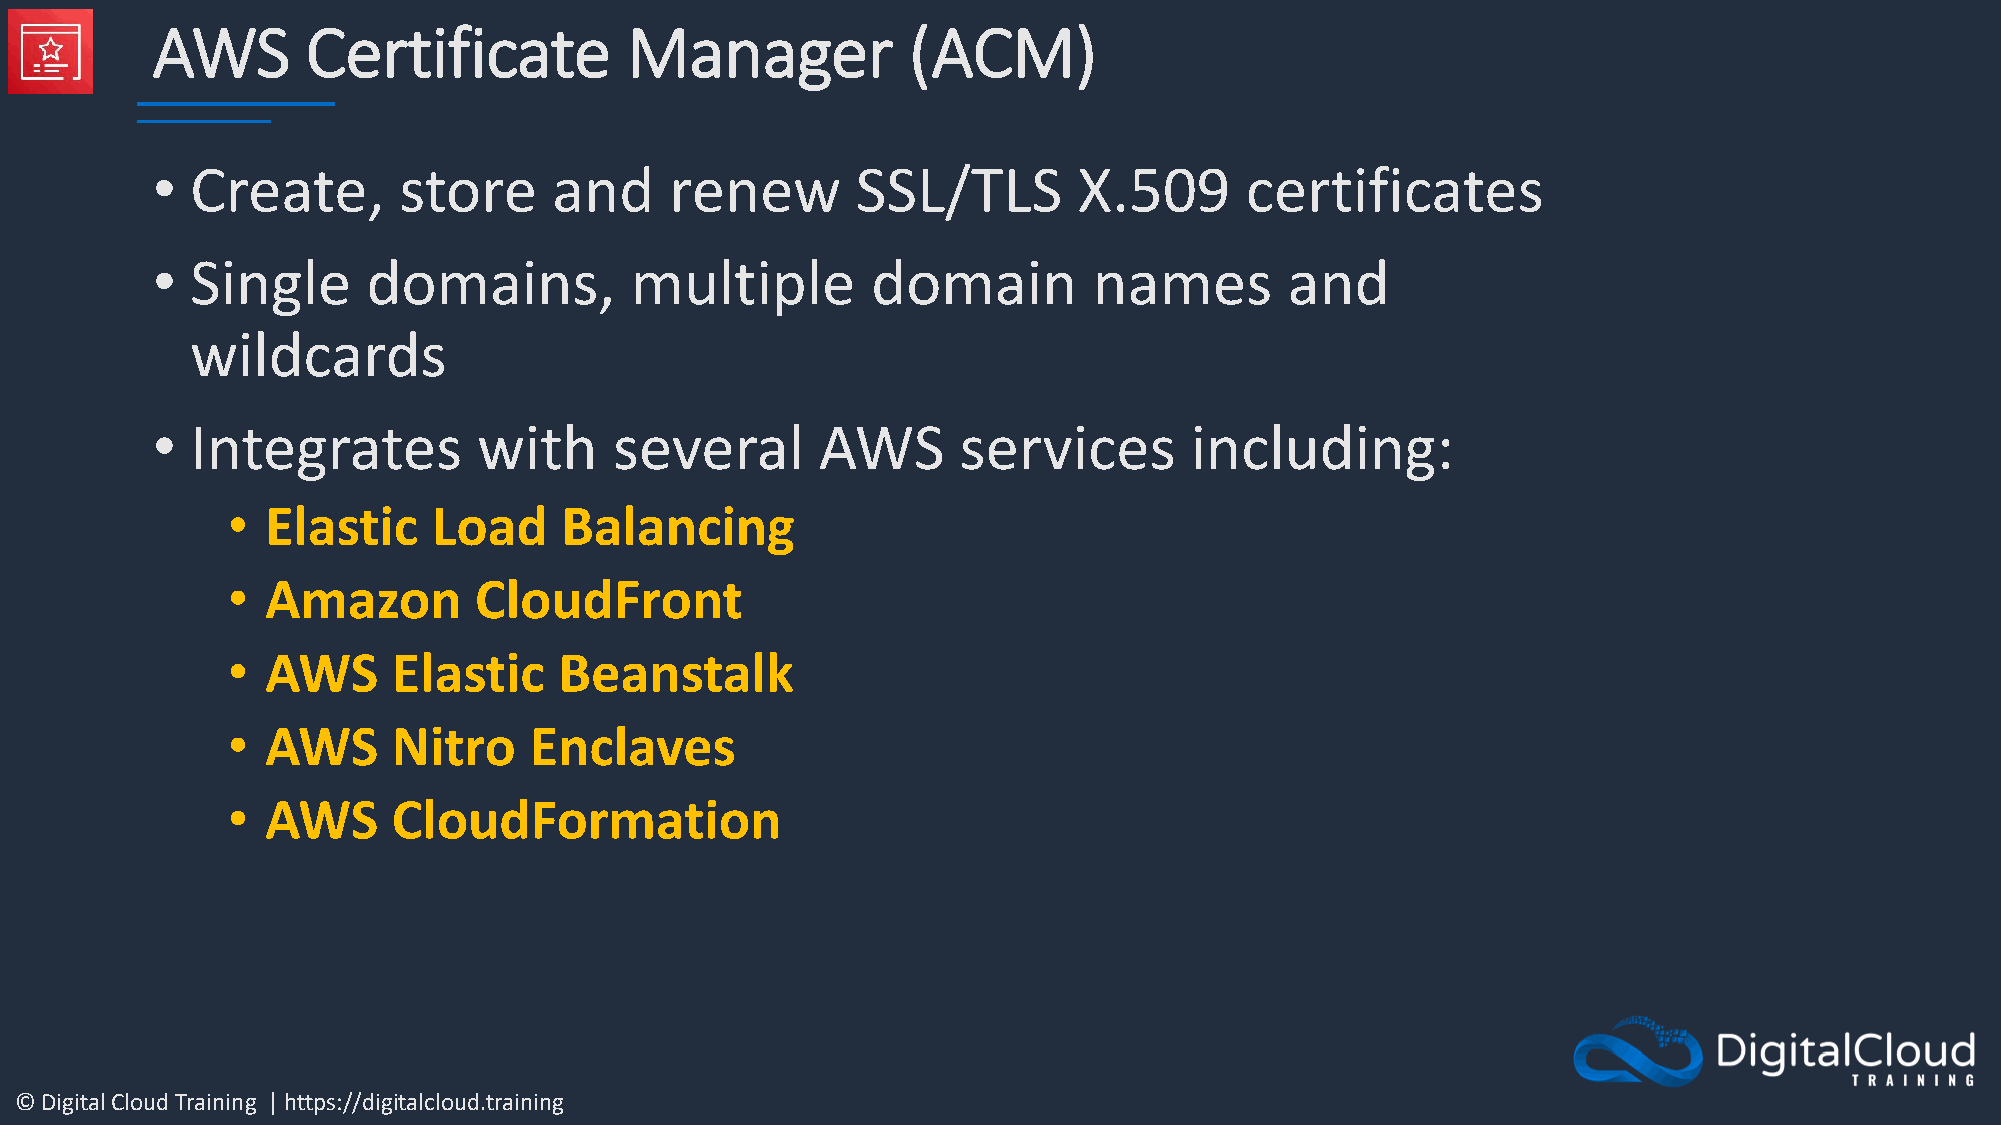
AWS       Certificate          Manager            (ACM)
 •  Create,      store      and    renew        SSL/TLS       X.509      certificates
 •  Single     domains,          multiple        domain        names        and
 wildcards
 •  Integrates         with     several      AWS      services        including:
 •  Elastic    Load    Balancing
 •  Amazon       CloudFront
 •  AWS     Elastic    Beanstalk
 •  AWS     Nitro    Enclaves
 •  AWS     CloudFormation
 © Digital Cloud Training | https://digitalcloud.training